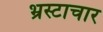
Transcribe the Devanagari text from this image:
भ्रस्टाचार